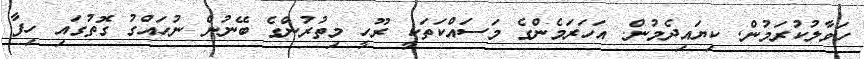
ހަވާލުކުރަމުން